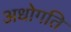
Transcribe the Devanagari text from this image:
अधोगति